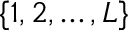
\{ 1 , 2 , \ldots , L \}